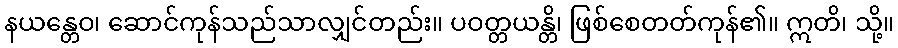
နယန္တေဝ၊ ဆောင်ကုန်သည်သာလျှင်တည်း။ ပဝတ္တယန္တိ၊ ဖြစ်စေတတ်ကုန်၏။ ဣတိ၊ သို့။